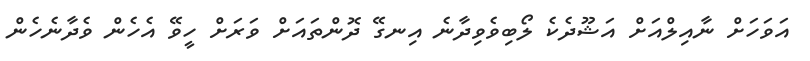
އަވަހަށް ނާއިލްއަށް އަޝޫދެކެ ލޯބިވެވިދާނެ އިނގޭ ދޮންތައަށް ވަރަށް ހީވޭ އެހެން ވެދާނެހެން